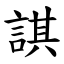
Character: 諆